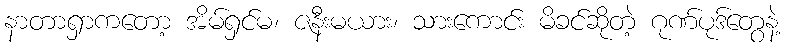
နာတာရှာကတော့ အိမ်ရှင်မ၊ ဇနီးမယား၊ သားကောင်း မိခင်ဆိုတဲ့ ဂုဏ်ပုဒ်တွေနဲ့